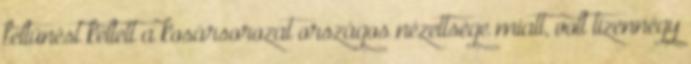
feltűnést keltett a kosársorozat országos nézettsége miatt, volt tizennégy